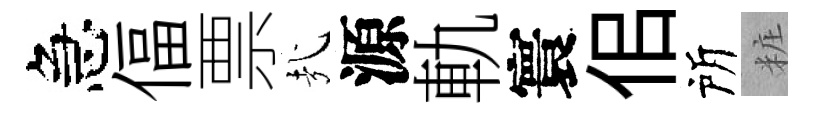
急偪票㢤源軌寰佀所粧